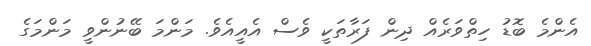
އެންމެ ބޮޑު ހިތްވަރެއް ދިން ފަރާތަކީ ވެސް އެއީއެވެ. މަންމަ ބޭނުންވީ މަންމަގެ